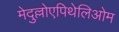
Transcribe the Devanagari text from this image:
मेदुल्लोएपिथेलिओम